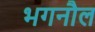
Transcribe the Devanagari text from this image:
भगनौल